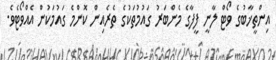
އިންތީޚާބުގެ ވޯޓް ލާނީ ފީފާގެ މެންބަރު ގައުމުތަކުގެ ތެރެއިން ކޮންމެ ގައުމަކުން އެއްވޯޓެވެ.